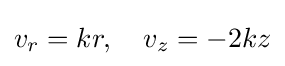
v_{r}=kr,\quad v_{z}=-2kz